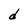
Character: d